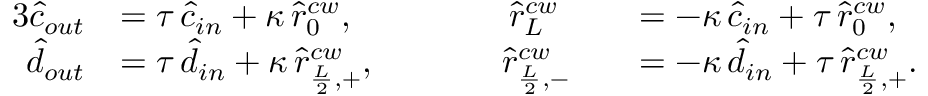
\begin{array} { r l r l } { { 3 } \hat { c } _ { o u t } } & { = \tau \, \hat { c } _ { i n } + \kappa \, \hat { r } _ { 0 } ^ { c w } , \; \; \; \; \; \; \; \; \; \; \; \; \; \; \; \; \hat { r } _ { L } ^ { c w } } & & { = - \kappa \, \hat { c } _ { i n } + \tau \, \hat { r } _ { 0 } ^ { c w } , } \\ { \hat { d } _ { o u t } } & { = \tau \, \hat { d } _ { i n } + \kappa \, \hat { r } _ { \frac { L } { 2 } , + } ^ { c w } , \; \; \; \; \; \; \; \; \; \; \; \; \; \hat { r } _ { \frac { L } { 2 } , - } ^ { c w } } & & { = - \kappa \, \hat { d } _ { i n } + \tau \, \hat { r } _ { \frac { L } { 2 } , + } ^ { c w } . } \end{array}